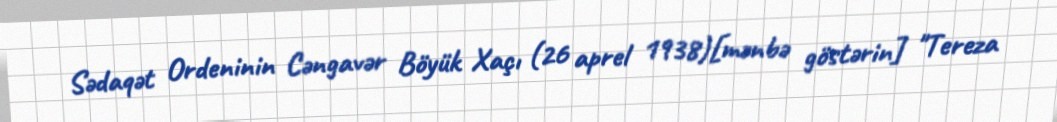
Sədaqət Ordeninin Cəngavər Böyük Xaçı (26 aprel 1938)[mənbə göstərin] "Tereza